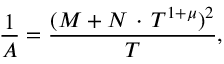
\frac { 1 } { A } = \frac { ( M + N \, \cdot \, T ^ { 1 + \mu } ) ^ { 2 } } { T } ,